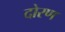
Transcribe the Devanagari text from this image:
दोरण